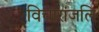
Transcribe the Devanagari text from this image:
विचारांजलि